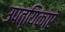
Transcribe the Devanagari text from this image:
उपत्यिकाएँ